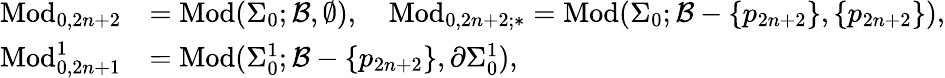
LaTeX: \begin{array}{rl}{\mathrm{Mod}_{0,2n+2}}&{=\mathrm{Mod}(\Sigma_{0};\mathcal{B},\emptyset),\quad\mathrm{Mod}_{0,2n+2;\ast}=\mathrm{Mod}(\Sigma_{0};\mathcal{B}-\{ p_{2n+2}\} ,\{ p_{2n+2}\} ),}\\ {\mathrm{Mod}_{0,2n+1}^{1}}&{=\mathrm{Mod}(\Sigma_{0}^{1};\mathcal{B}-\{ p_{2n+2}\} ,\partial\Sigma_{0}^{1}),}\end{array}